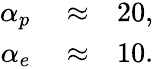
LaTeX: \begin{array}{rlr}{\alpha_{p}}&{{}\approx}&{20,}\\ {\alpha_{e}}&{{}\approx}&{10.}\end{array}